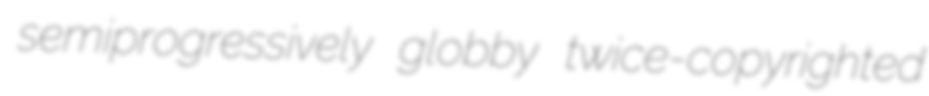
semiprogressively globby twice-copyrighted